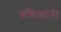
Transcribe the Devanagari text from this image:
गणित्यांनी